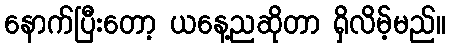
နောက်ပြီးတော့ ယနေ့ညဆိုတာ ရှိလိမ့်မည်။